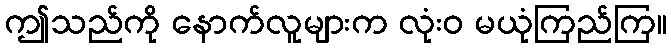
ဤသည်ကို နောက်လူများက လုံးဝ မယုံကြည်ကြ။